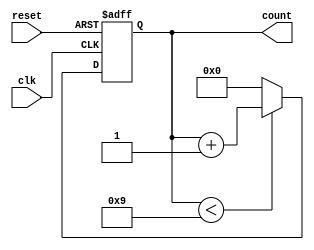
module bcd_counter (
    input wire clk,       // Clock signal
    input wire reset,     // Asynchronous reset signal
    output reg [3:0] count // 4-bit output representing the current BCD count
);

// Always block triggered on the rising edge of the clock or when reset is asserted
always @(posedge clk or posedge reset) begin
    if (reset) begin
        count <= 4'b0000; // Reset count to 0
    end else begin
        if (count < 4'b1001) begin
            count <= count + 1; // Increment count if less than 9
        end else begin
            count <= 4'b0000; // Reset count to 0 if it reaches 9
        end
    end
end

endmodule